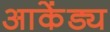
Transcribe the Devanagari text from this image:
आकेंड्य